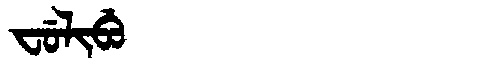
Manchu: ᠸᡠᠯᡳᠪᡠ
Romanization: FULIBU